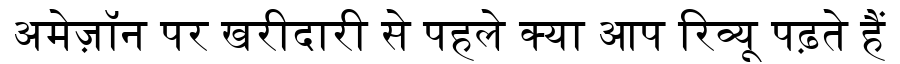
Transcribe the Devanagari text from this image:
अमेज़ॉन पर खरीदारी से पहले क्या आप रिव्यू पढ़ते हैं